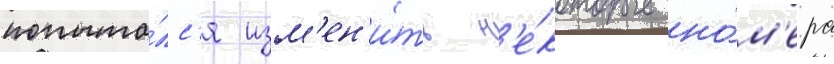
попыта́лс'я изм'ен'и́ть н'е́которые но́м'ера